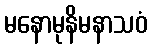
မနောမုနိမနာသဝံ